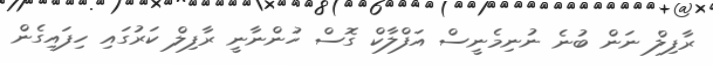
ރާފިލް ނަން ބުނެ ނުނިމެނީސް އަފްލާކް ގޮސް ހުންނާނީ ރާފިލް ކަރުގައި ހިފައިގެން